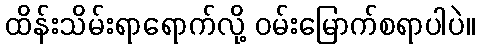
ထိန်းသိမ်းရာရောက်လို့ ဝမ်းမြောက်စရာပါပဲ။